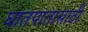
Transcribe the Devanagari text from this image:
घातपातासाठी